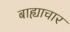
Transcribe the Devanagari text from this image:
बाह्याचार